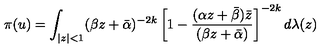
\pi ( u ) = \int _ { | z | < 1 } ( \beta z + \bar { \alpha } ) ^ { - 2 k } \left[ 1 - \frac { ( \alpha z + \bar { \beta } ) \bar { z } } { ( \beta z + \bar { \alpha } ) } \right] ^ { - 2 k } d \lambda ( z )